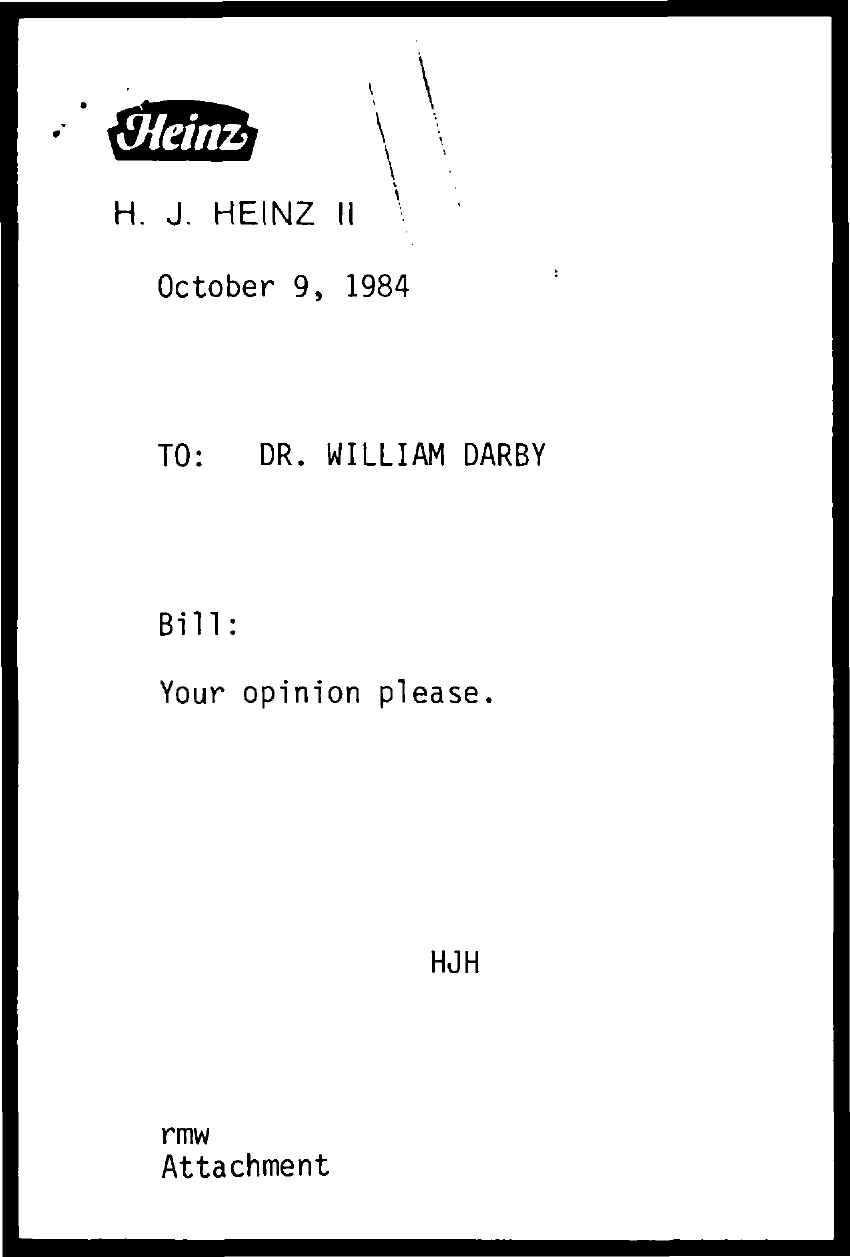
Heinz
     H. J. HEINZ II
     October 9, 1984
     TO:  DR. WILLIAM DARBY
     Bill:
     Your opinion please.
     HJH
     rmw
     Attachment